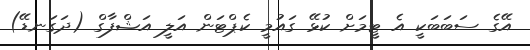
އޭގެ ސަބަބަކީ އެ ޓީމަށް ކުޅޭ ގައުމީ ކެޕްޓަން އަލީ އަޝްފާގް (ދަގަނޑޭ)